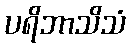
ပရိဘာသိသံ